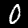
Label: 0